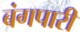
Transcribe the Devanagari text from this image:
बंगपारी